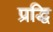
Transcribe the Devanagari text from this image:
प्रद्धि